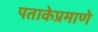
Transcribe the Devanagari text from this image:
पताकेप्रमाणे